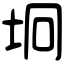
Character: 坰